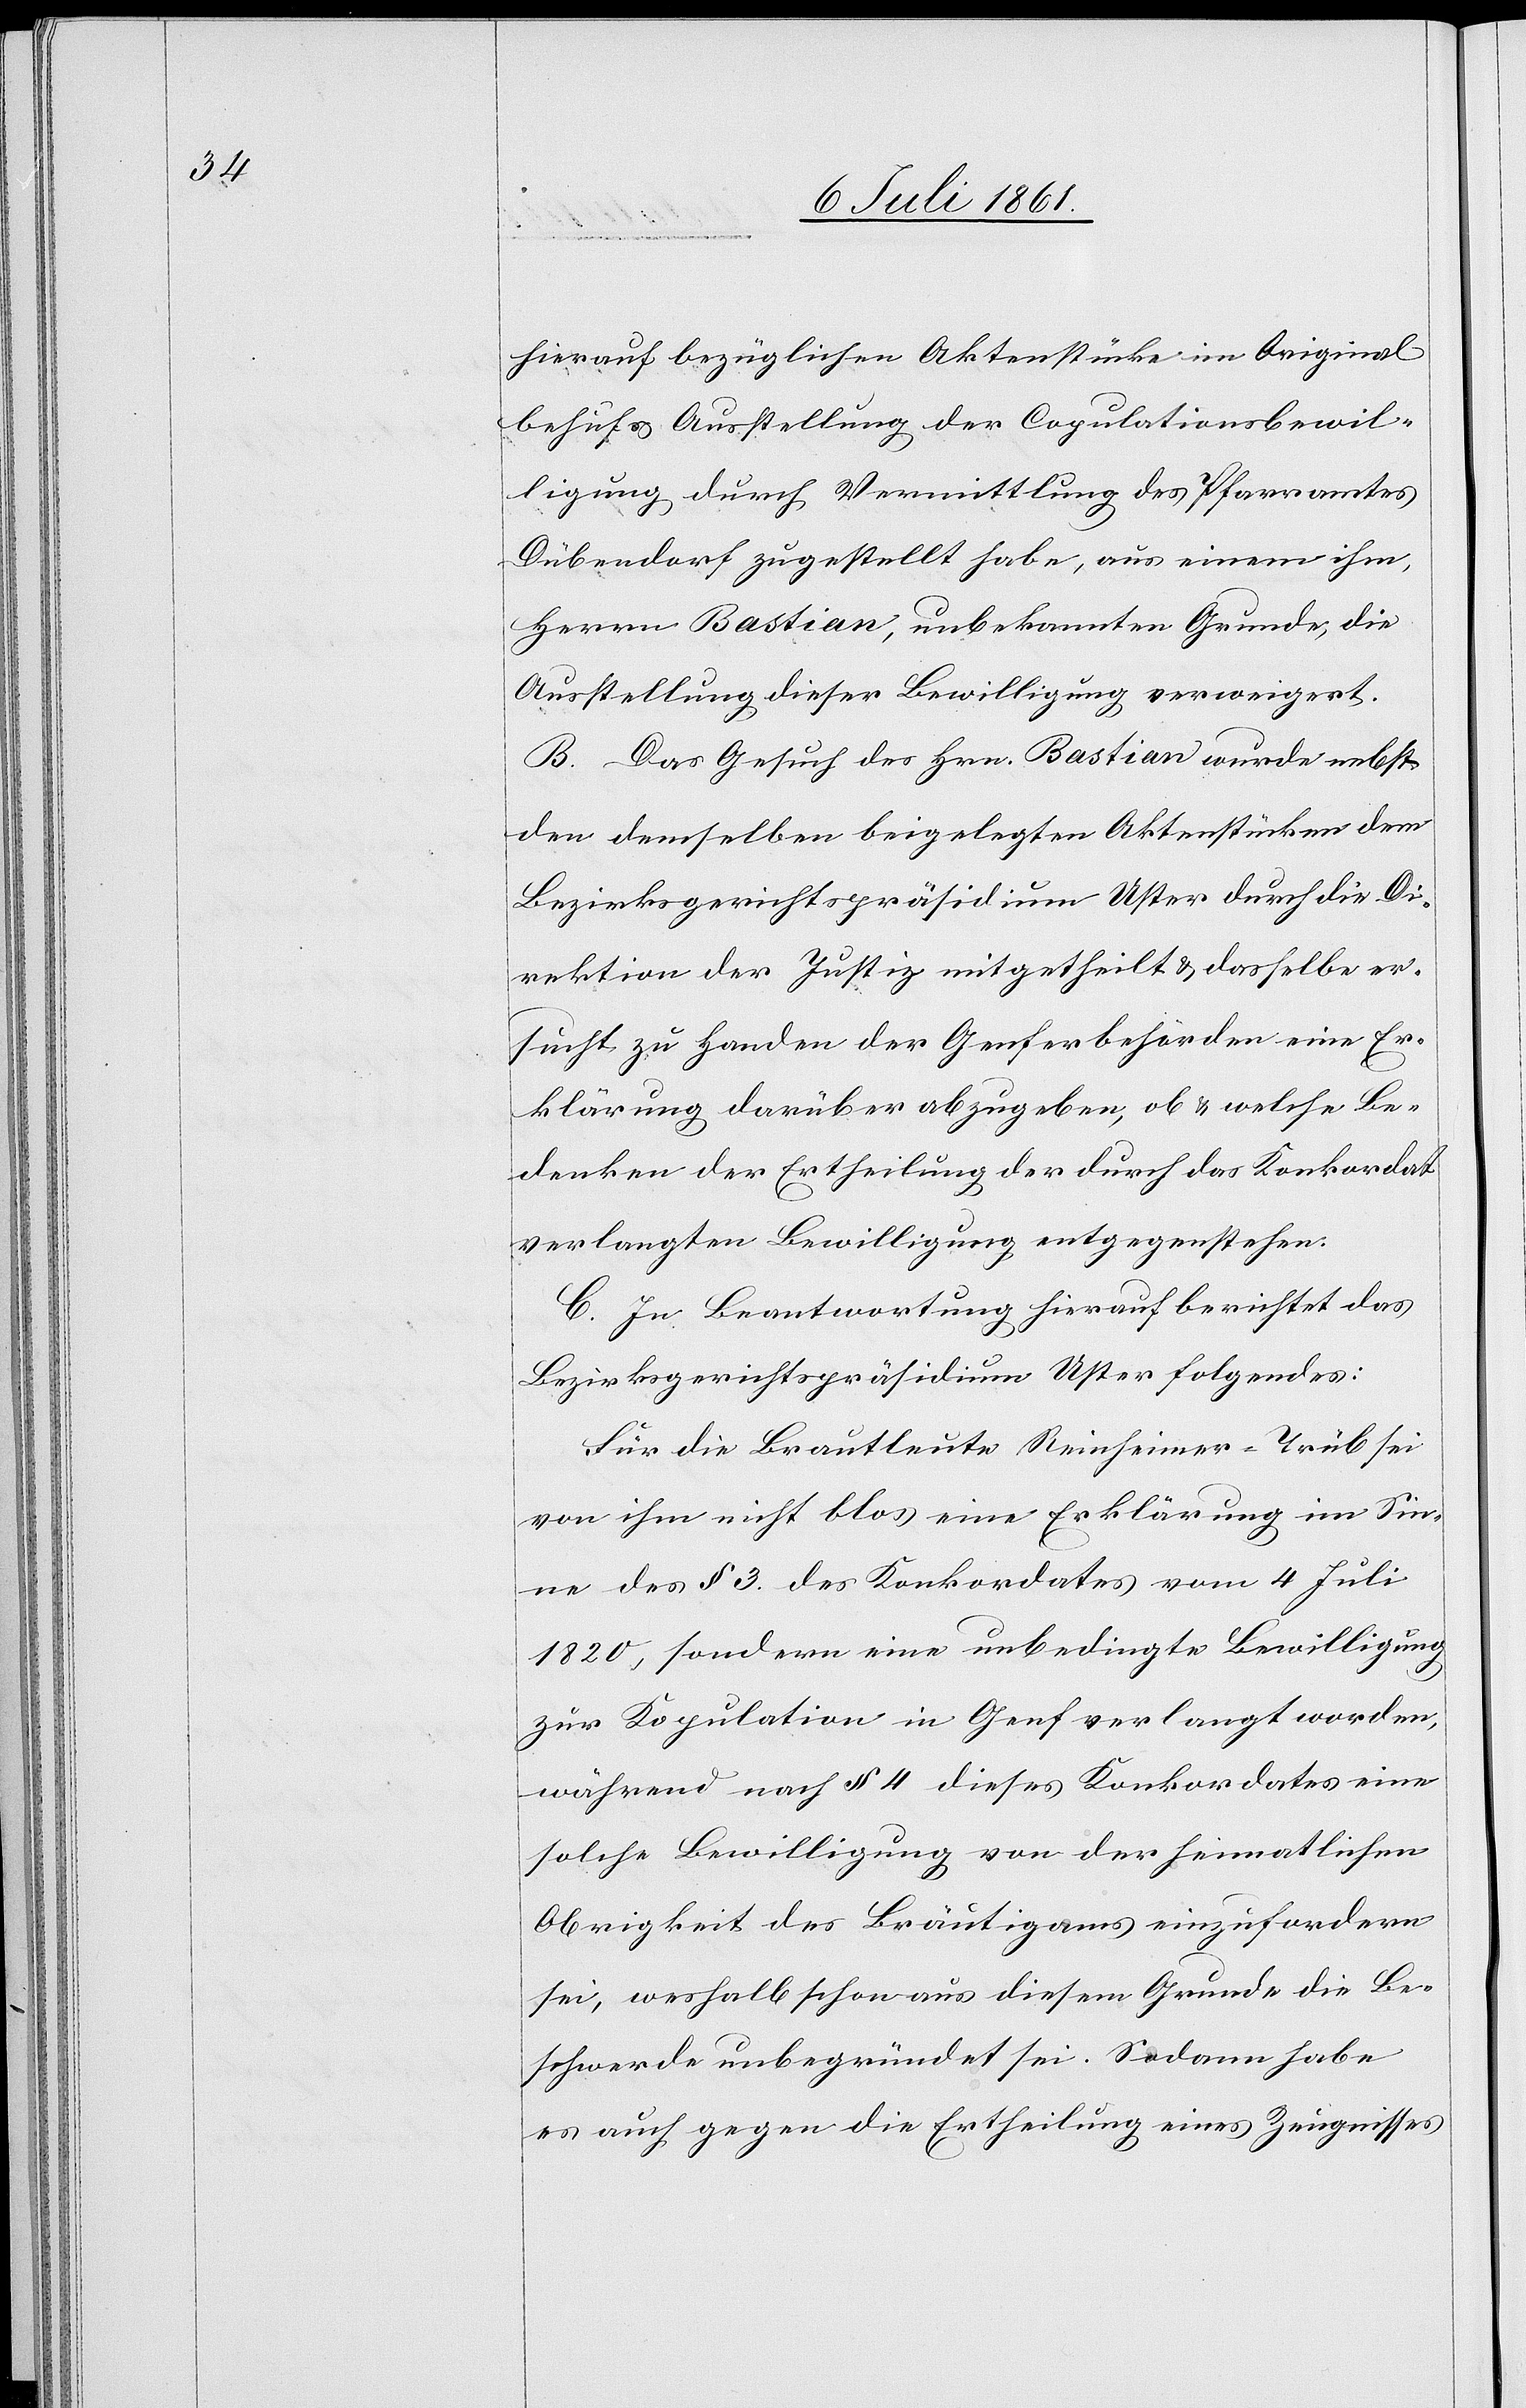
hierauf bezüglichen Aktenstücke im Original
behufs Ausstellung der Copulationsbewil¬
ligung durch Vermittlung des Pfarramtes
Dübendorf zugestellt habe, aus einem ihm,
Herrn Bastian, unbekannten Grunde, die
Ausstellung dieser Bewilligung verweigert.
B. Das Gesuch des Hrn. Bastian wurde nebst
den demselben beigelegten Aktenstücken dem
Bezirksgerichtspräsidium Uster durch die Di¬
rektion der Justiz mitgetheilt u. dasselbe er¬
sucht zu Handen der Genferbehörden eine Er¬
klärung darüber abzugeben, ob u. welche Be¬
denken der Ertheilung der durch das Konkordat
verlangten Bewilligung entgegenstehen.
C. In Beantwortung hierauf berichtet das
Bezirksgerichtspräsidium Uster folgendes:
Für die Brautleute Reinheimer-Trüb sei
von ihm nicht blos eine Erklärung im Sin¬
ne des § 3 des Konkordates vom 4 Juli
1820, sondern eine unbedingte Bewilligung
zur Kopulation in Genf verlangt worden,
während nach § 4 dieses Konkordates eine
solche Bewilligung von der heimatlichen
Obrigkeit des Bräutigams einzufordern
sei, weshalb schon aus diesem Grunde die Be¬
schwerde unbegründet sei. Sodann habe
es auch gegen die Ertheilung eines Zeugnisses